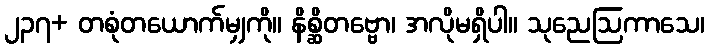
၂၃၇+ တစုံတယောက်မျှကို။ နိစ္ဆိတဗ္ဗော၊ အလိုမရှိပါ။ သုညေဩကာသေ၊